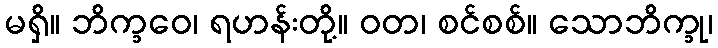
မရှိ။ ဘိက္ခဝေ၊ ရဟန်းတို့။ ဝတ၊ စင်စစ်။ သောဘိက္ခု၊